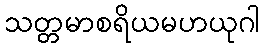
သတ္တမာစရိယမဟယုဂါ